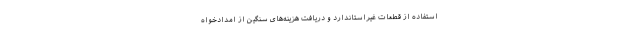
استفاده از قطعات غیراستاندارد و دریافت هزینه‌های سنگین از امدادخواه